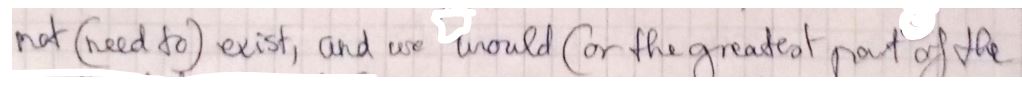
not (need to ) exist, and we would (or the greatest part of the